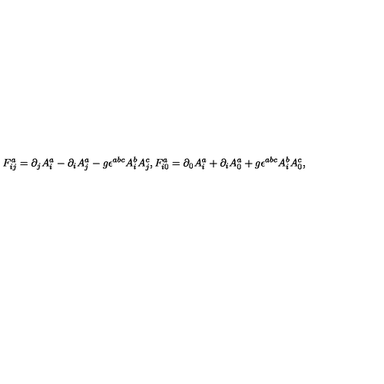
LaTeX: F _ { i j } ^ { a } = \partial _ { j } A _ { i } ^ { a } - \partial _ { i } A _ { j } ^ { a } - g { \epsilon } ^ { a b c } A _ { i } ^ { b } A _ { j } ^ { c } , F _ { i 0 } ^ { a } = \partial _ { 0 } A _ { i } ^ { a } + \partial _ { i } A _ { 0 } ^ { a } + g { \epsilon } ^ { a b c } A _ { i } ^ { b } A _ { 0 } ^ { c } ,